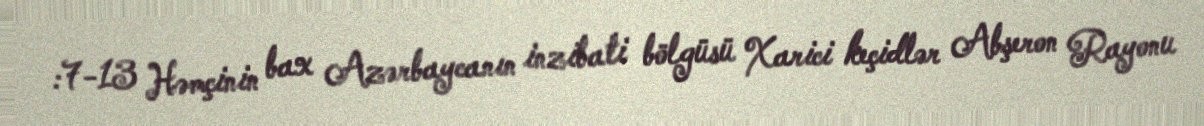
:7-13 Həmçinin bax Azərbaycanın inzibati bölgüsü Xarici keçidlər Abşeron Rayonu